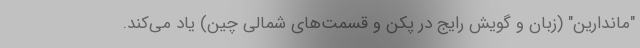
"ماندارین" (زبان و گویش رایج در پکن و قسمت‌های شمالی چین) یاد می‌کند.